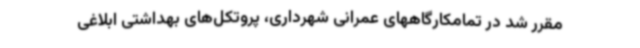
مقرر شد در تمامکارگاههای عمرانی شهرداری، پروتکل‌های بهداشتی ابلاغی